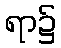
ရာ၌